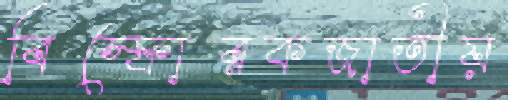
বিস্ফোরকজাতীয়